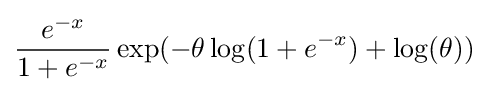
{\frac {e^{-x}}{1+e^{-x}}}\exp(-\theta \log(1+e^{-x})+\log(\theta ))